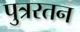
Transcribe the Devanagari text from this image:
पुत्ररतन